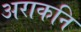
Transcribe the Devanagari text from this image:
अराकनि